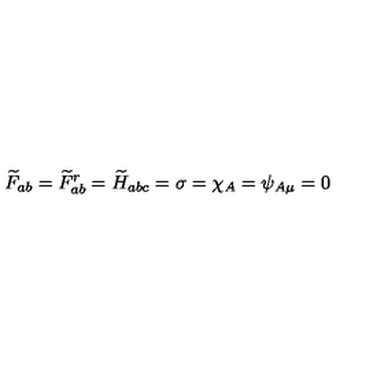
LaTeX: \widetilde { F } _ { a b } = \widetilde { F } _ { a b } ^ { r } = \widetilde { H } _ { a b c } = \sigma = \chi _ { A } = \psi _ { A \mu } = 0